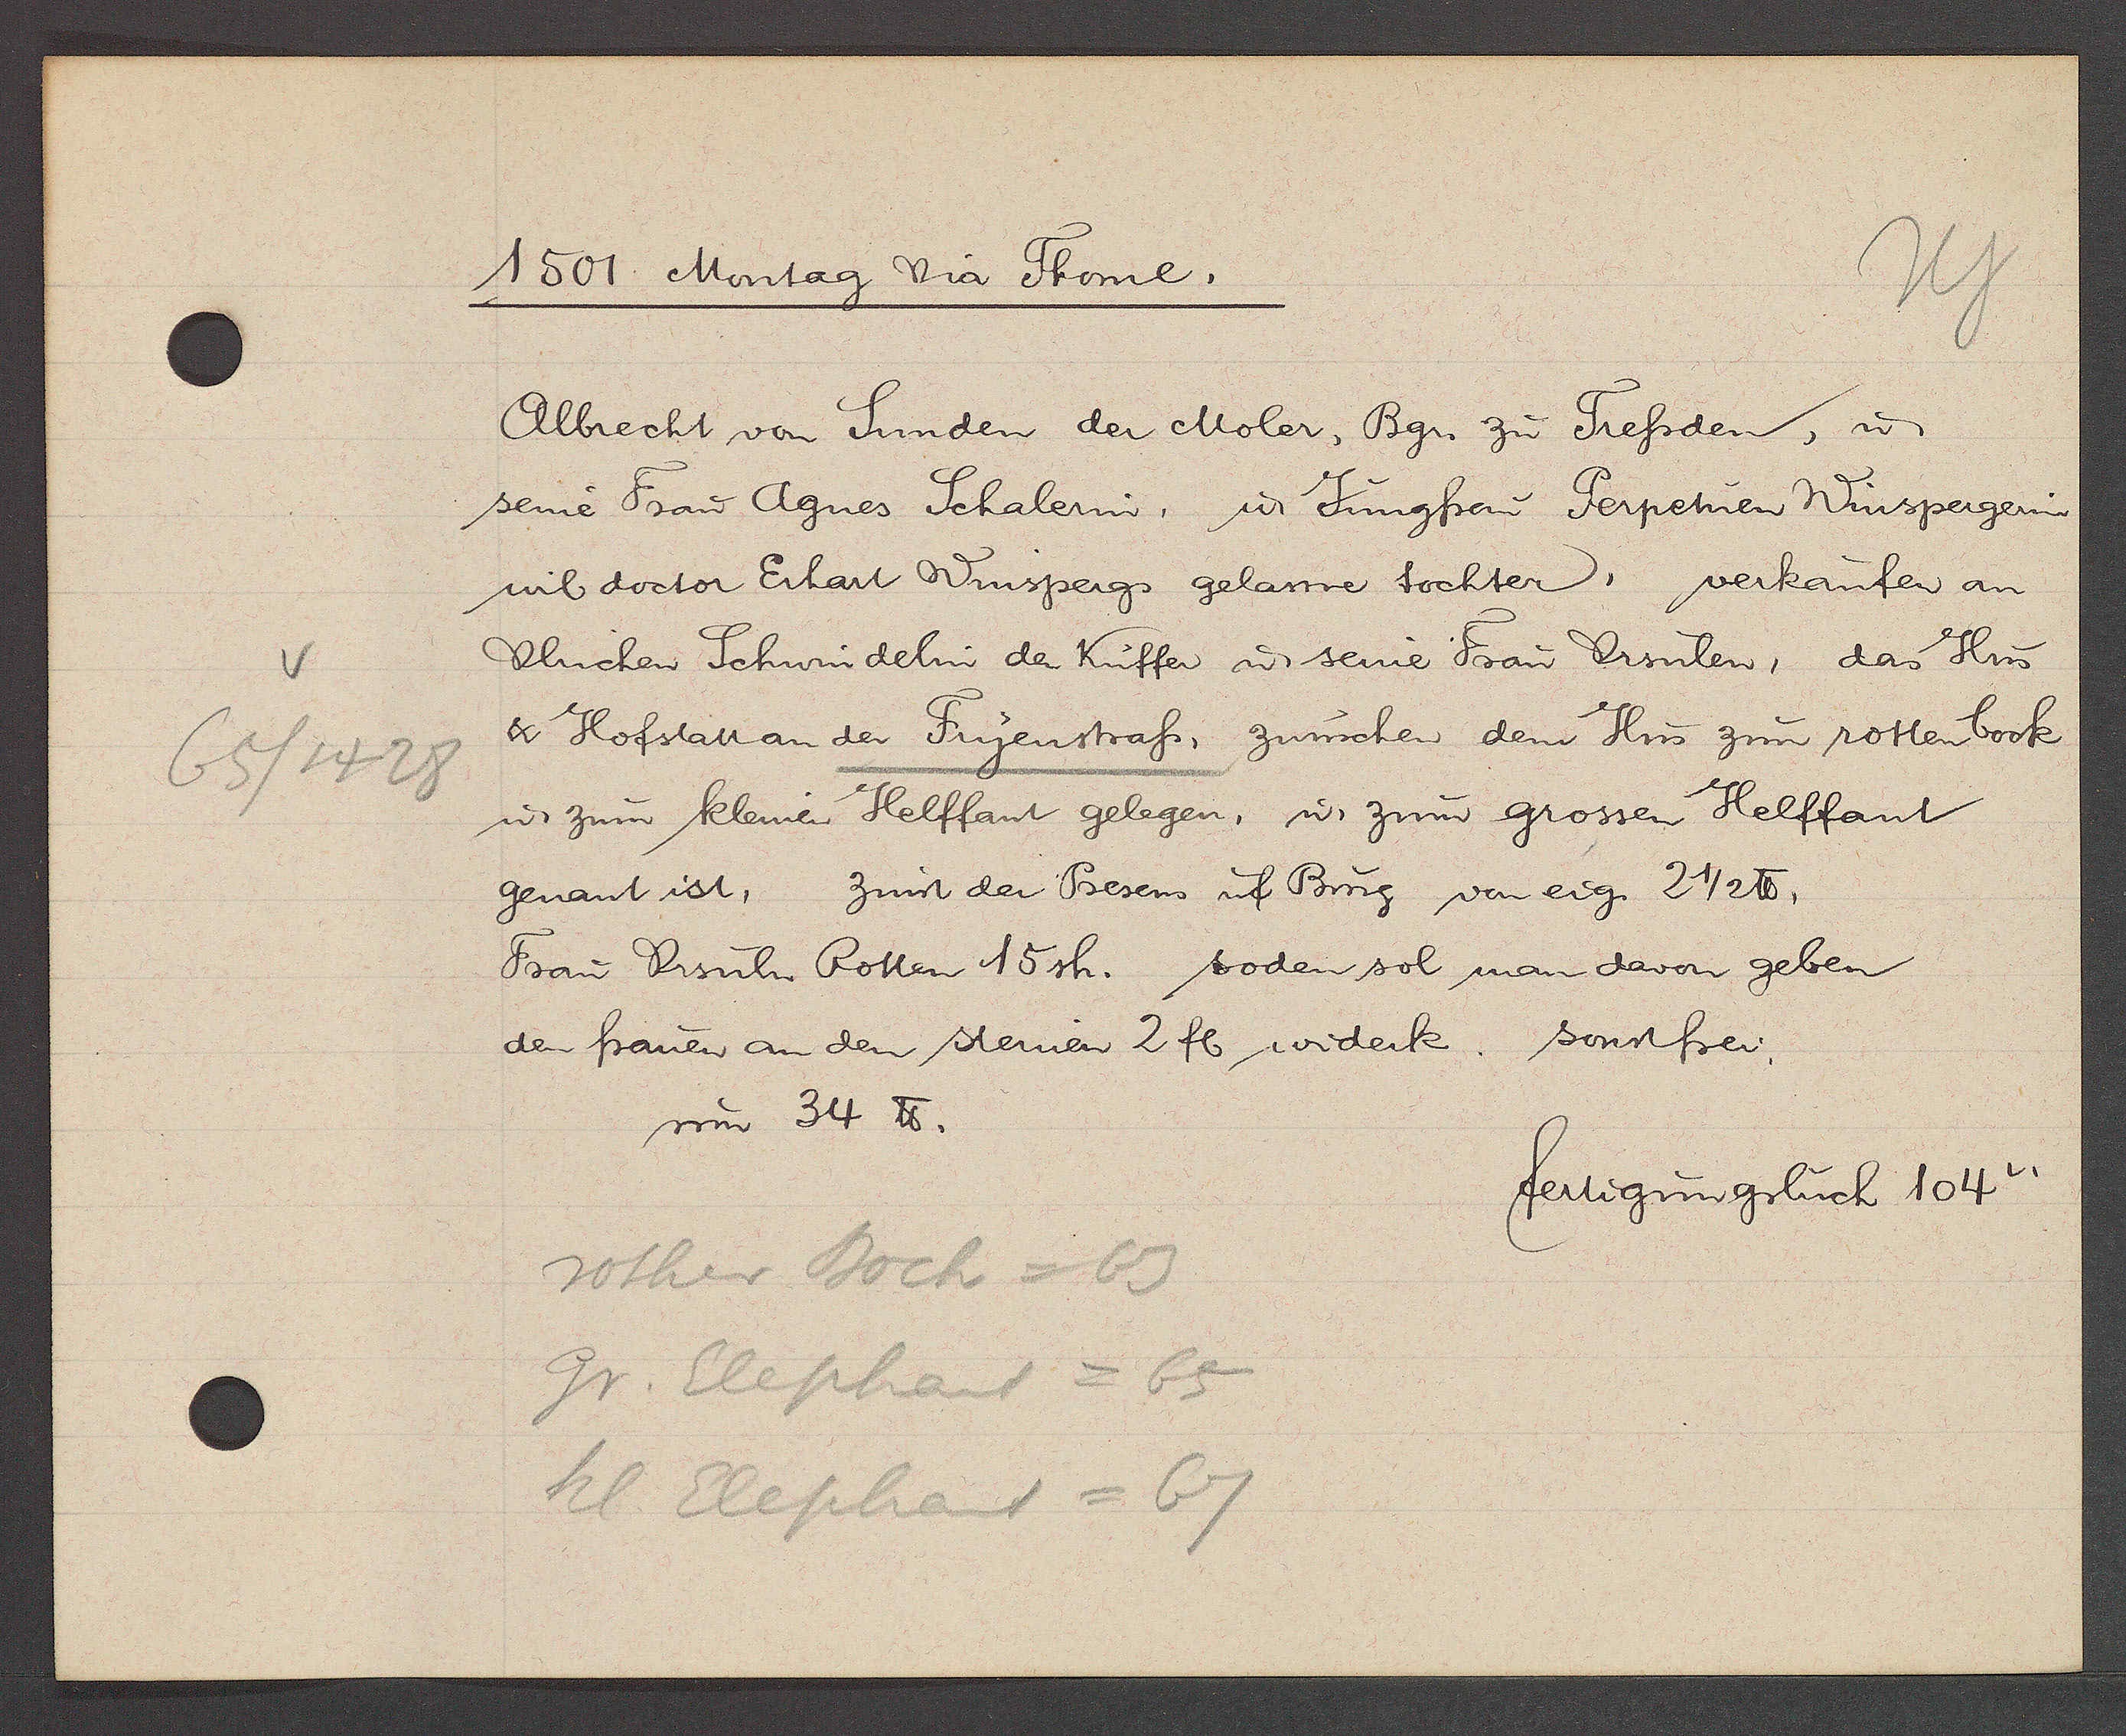
Transcript:
65/1428

1501 Montag via Thome.

Albrecht von Sunden der Moler, Bgr. zu Tressden, u
seine Frau Agnes Schalerin, u Jungfrau Perpetuen Winspergerin
wil doctor Erhart Winspergs gelanne tochter, verkaufen an
Ulrichen Schwindelin den Kuffer u seine Frau Ursulen, das Hus
& Hofstatt an der Fryenstrass, zwuschen dem Hus zum rotten book
u zum kleinen Helffant gelegen, ư. zum grossen Helffant
genant ist, zinst der Presens uf Burg von eig. 2 1/2 ℔.
Frau Ursula Rotten 15 sh. soden sol man davon geben
sonstfrei.
den frauen an den steinen 2 fl widerk.
um 34 ℔.

rother Boch = 63
Gr. Elephant = 65
kl. Elephant = 67

fertigungsbuch 104v.